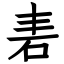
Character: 砉